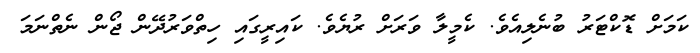
ކަމަށް ޑޮކްޓަރު ބުނެލިއެވެ. ކެމީލާ ވަރަށް ރުޔެވެ. ކައިރީގައި ހިތްވަރުދޭން ޖޯން ނެތްނަމަ